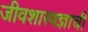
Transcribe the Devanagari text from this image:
जीवशास्त्रज्ञाची